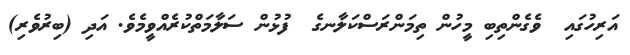
އަރިހުގައި  ވެގެންތިބި މީހުން ތިމަންރަސްކަލާނގެ  ފުޅުން ސަލާމަތްކުރެއްވީމެވެ. އަދި (ބިރުވެރި)